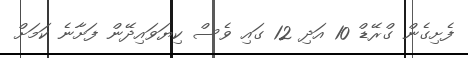
ފެށިގެން ގްރޭޑް 10 އަދި 12 ގައި ވެސް ކިޔަވައިދޭން ފަށާނެ ކަމަށް